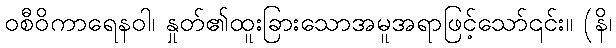
ဝစီဝိကာရေနဝါ၊ နှုတ်၏ထူးခြားသောအမူအရာဖြင့်သော်၎င်း။ (နိ၊